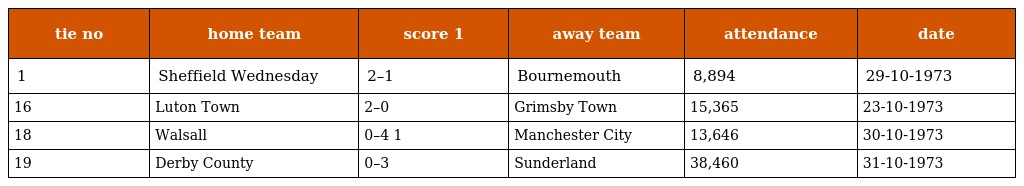
| tie no | home team | score 1 | away team | attendance | date |
 | --- | --- | --- | --- | --- | --- |
 | 1 | Sheffield Wednesday | 2–1 | Bournemouth | 8,894 | 29-10-1973 |
 | 16 | Luton Town | 2–0 | Grimsby Town | 15,365 | 23-10-1973 |
 | 18 | Walsall | 0–4 1 | Manchester City | 13,646 | 30-10-1973 |
 | 19 | Derby County | 0–3 | Sunderland | 38,460 | 31-10-1973 |